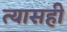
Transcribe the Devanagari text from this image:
त्यासही